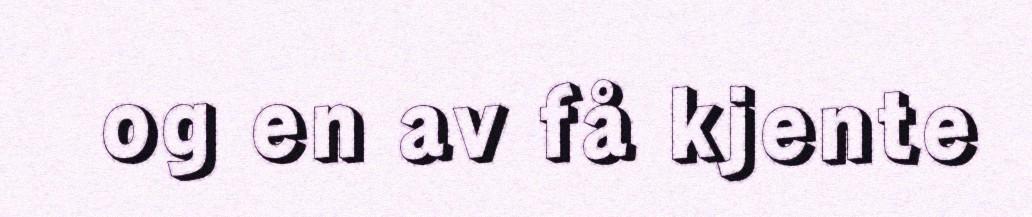
og en av få kjente